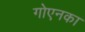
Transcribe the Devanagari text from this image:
गोएनका